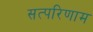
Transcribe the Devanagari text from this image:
सत्परिणाम